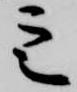
定